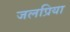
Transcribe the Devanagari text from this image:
जलप्रिया